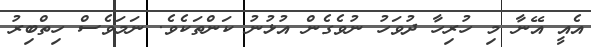
އެއީ އޭނާ މި ހުރިހާ ދުވަހު ނުވެގެން އުޅުނު ކަންތަކެވެ. ނަމަވެސް ހިތްބިރު